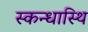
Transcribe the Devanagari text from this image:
स्कन्धास्थि